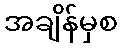
အချိန်မှစ